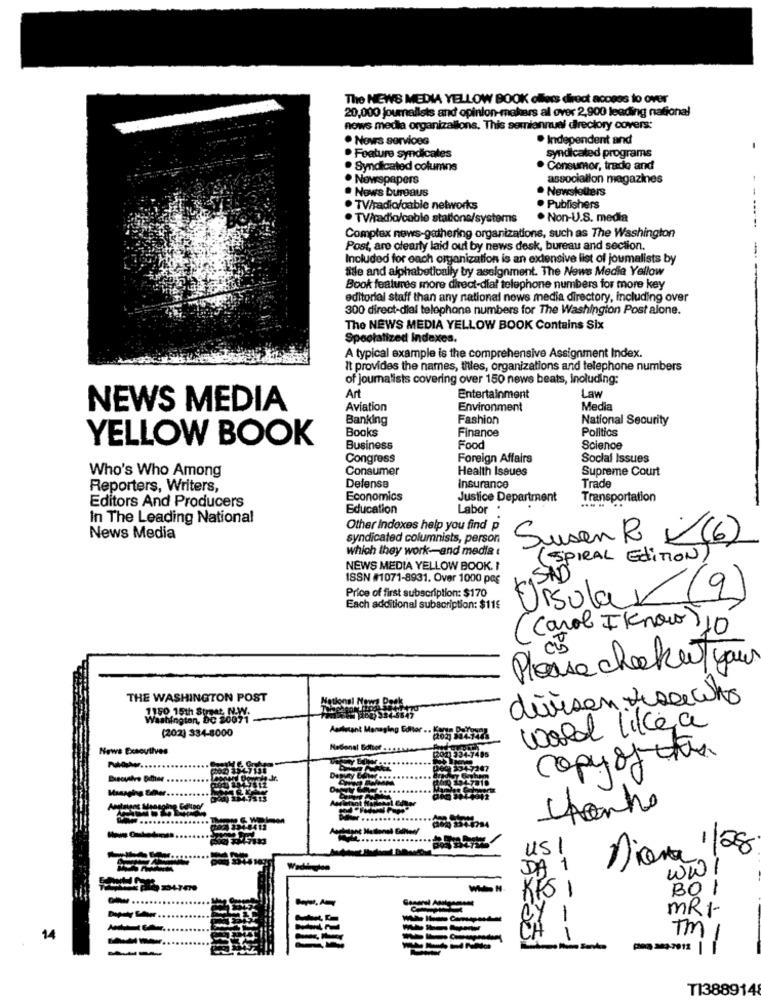
The NEWS MEDIA YELLOW BOOK oflecs direct access to over
20,000 journalists and opinion-makers al over 2,900 leading national
nows medla organizallons, This semiannual directory covers:
. Novrs services
· Independent and
Feature syndicales
syndicated programs
. Syndicated columns
Consumor, trade and
. Newspapers
association magazines
. Nows bureaus
. Newsletters
. TV/radio/cable networks
. Publishers
. TV/radio/cable stations/systems
. Non-U.S. media
Complex news-gathering organizations, such as The Washington
Post, are clearly laid out by news desk, bureau and section.
Included for each organization is an extensive list of joumalists by
fide and alphabetically by assignment. The News Media Yellow
Book features more direct-dial telephone numbers for more key
editorial staff than any national news media directory, including over
300 direct-dial telephone numbers for The Washington Post alone.
The NEWS MEDIA YELLOW BOOK Contains Six
Spootalized Indexes.
A typical example is the comprehensive Assignment Index.
It provides the names, titles, organizations and telephone numbers
of journalists covering over 150 news beats, including:
Art
Entertainment
Law
NEWS MEDIA
Aviation
Environment
Media
Banking
Fashion
National Security
Books
Finance
YELLOW BOOK
Politics
Business
Food
Science
Congress
Foreign Affairs
Social Issues
Who's Who Among
Consumer
Health Issues
Supreme Court
Trade
Reporters, Writers,
Defense
Insurance
Editors And Producers
Economics
Justice Department
Transportation
Education
Labor
In The Leading National
Other Indexes help you find p
News Media
syndicated columnists, person
Susan R (6)
which they work-and media
( SPIRAL EdiTION)
NEWS MEDIA YELLOW BOOK. I
ISSN #1071-8931. Over 1000 pag
Price of first subscription: $170
Ursular (9)
Each additional subscription: $11€
( Carol I know)
110
Please checket you
THE WASHINGTON POST
dürson desecho
1150 15th Street. N.WV.
(202) 334-8000
Asalutant Managing Editor ..
world likea
News Executives
National Editor
405
copy of this
....
Anetasos Managing Galltoo!
Chante
115
Diana 1/28
DA 1
wwI
KIS I
BOI
MRI-
CY 1
14
CA I
TM 1
-- |i
TI388914